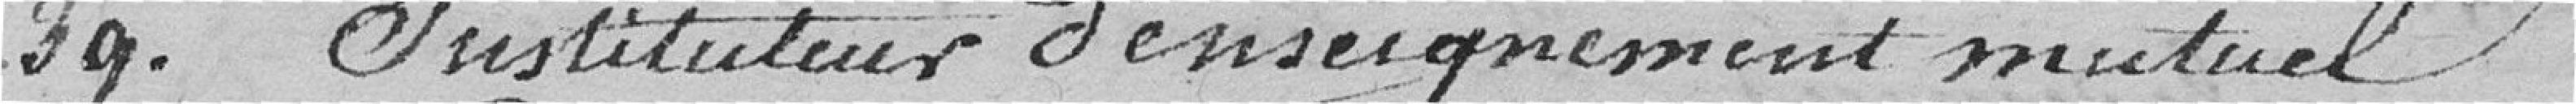
39. Instituteur d'enseignement mutuel